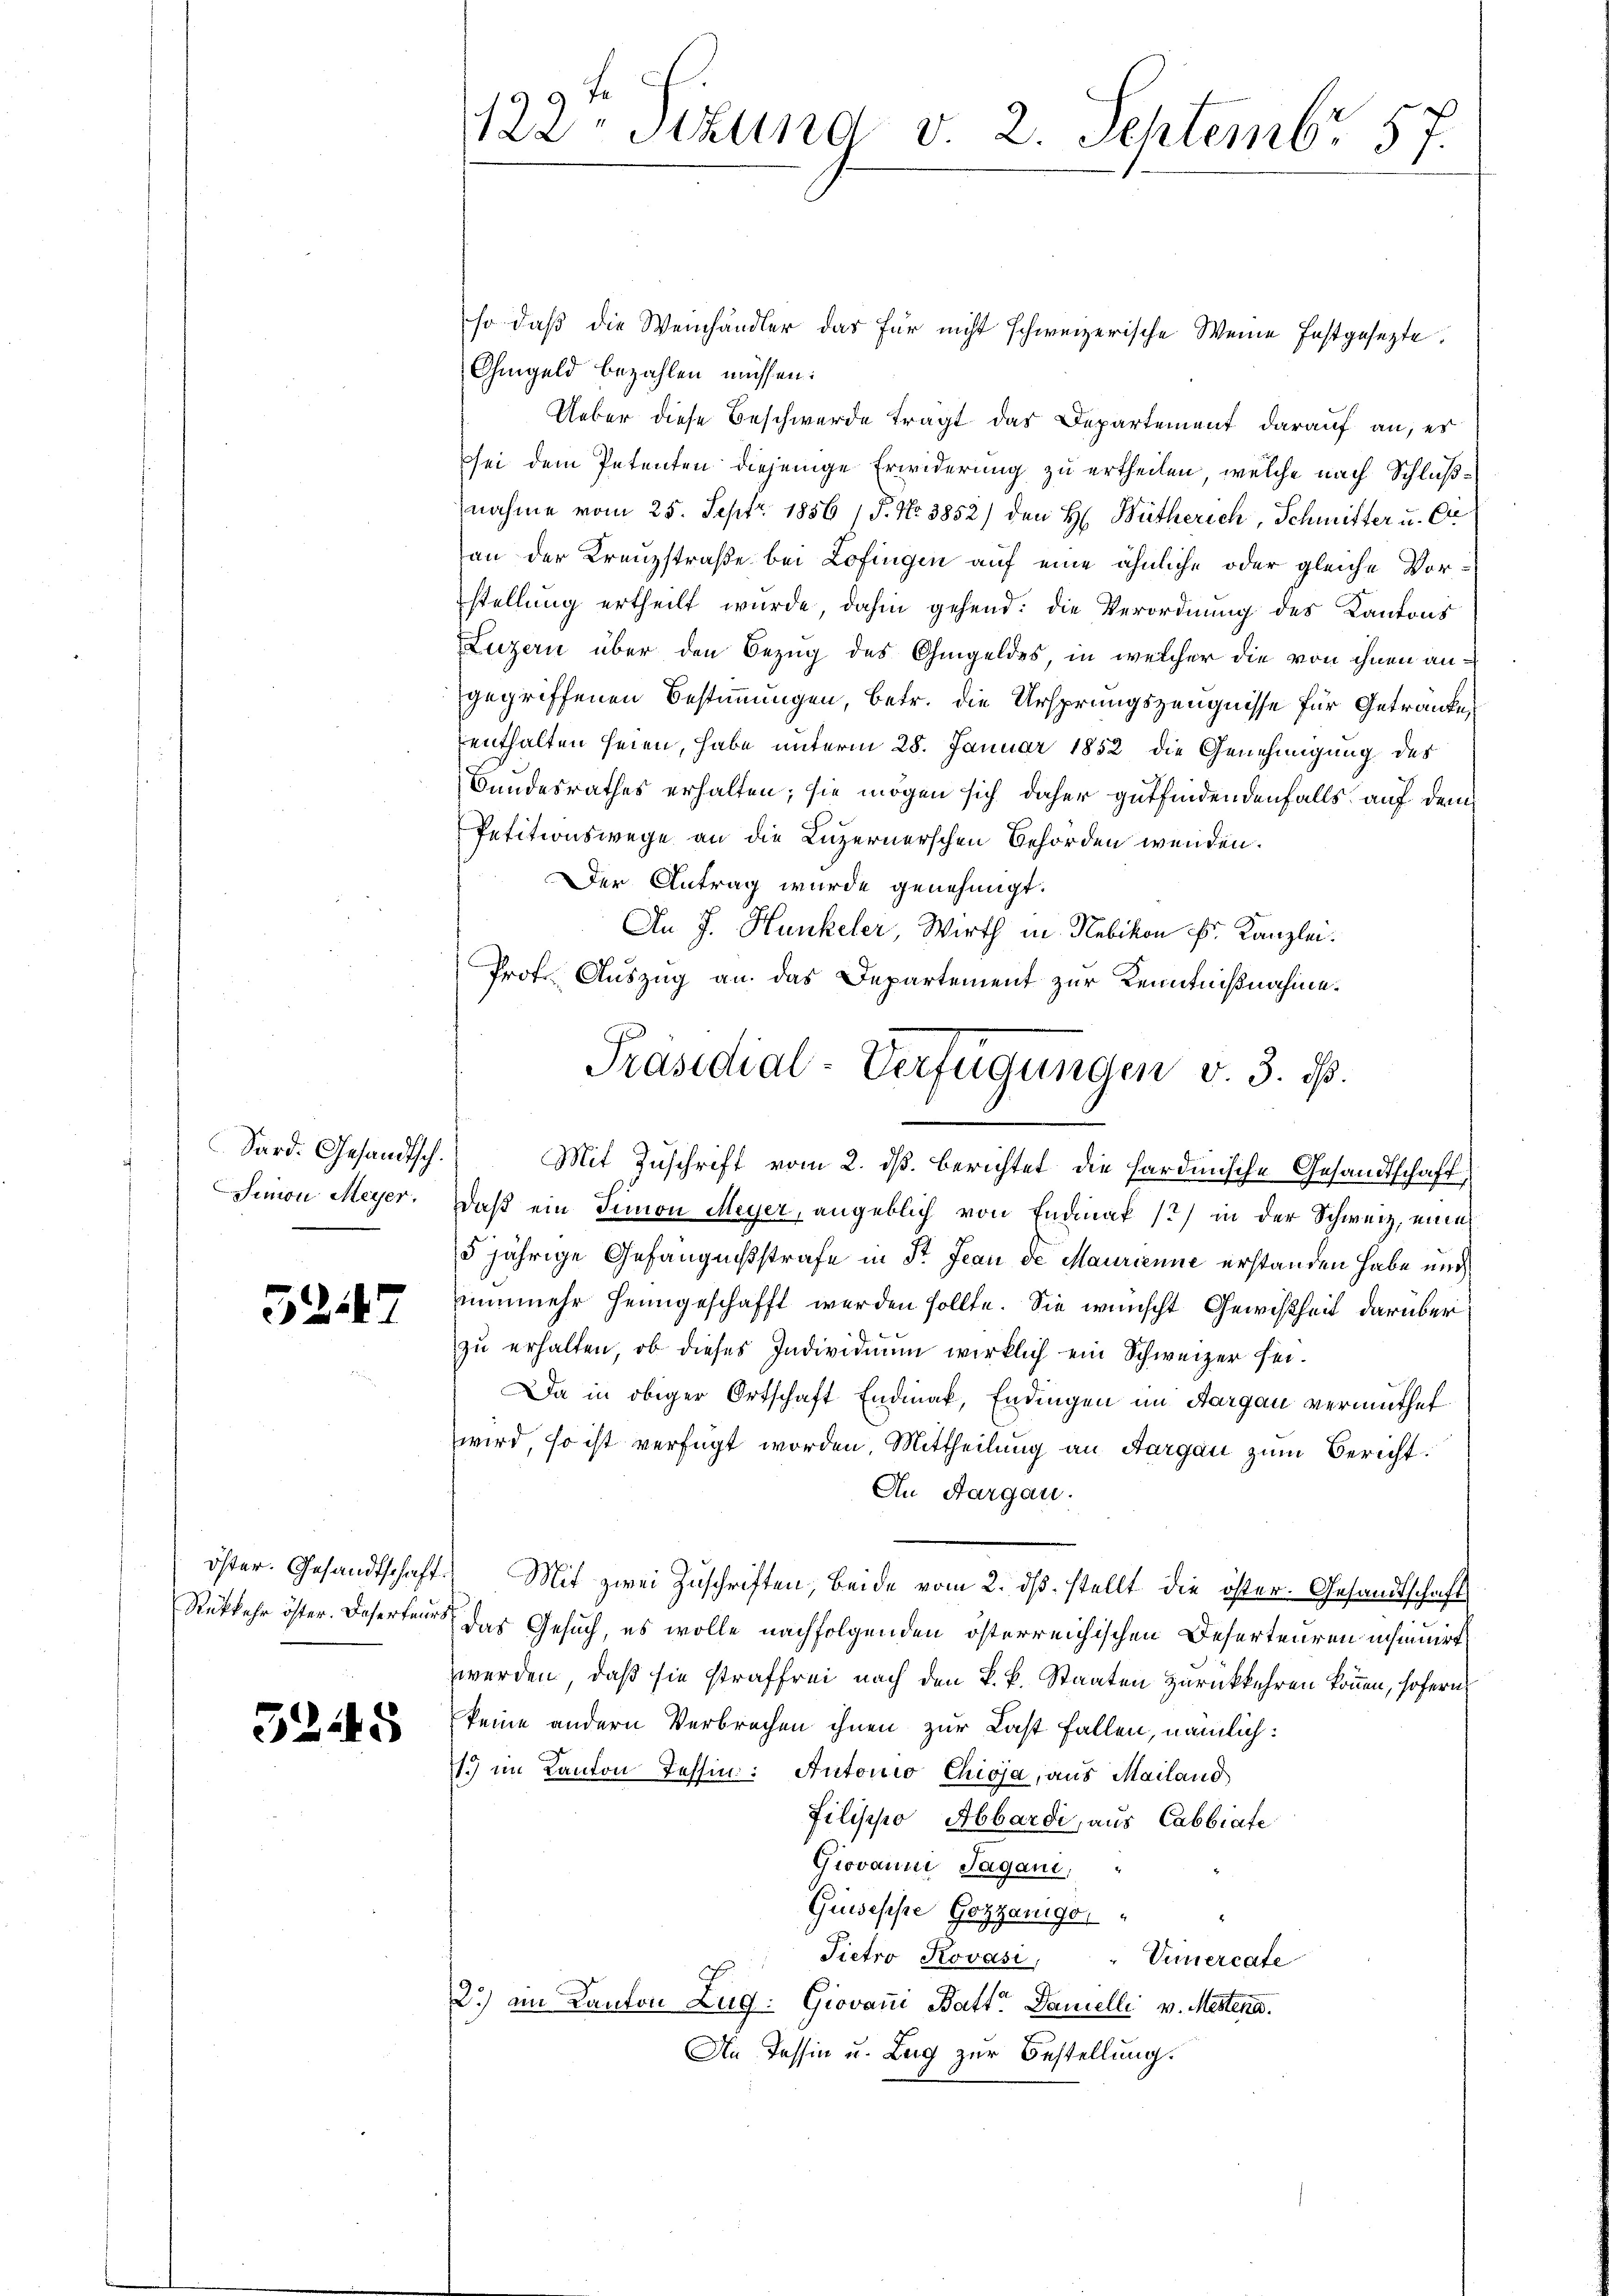
Sard. Gesandtsch.
Simon Meyer.

5247

5245

fe
122. Sitzung v. 2. Septembr. 157.
1

so daß die Weinhändler das für nicht schweizerische Weine festgesezte
Ohmgeld bezahlen müssen:
Ueber diese Beschwerde trägt das Departement darauf an, es
sei dem Petenten diejenige Erwiderung zu ertheilen, welche nach Schlußnahme vom 25. Sept. 1856 / P. Nr. 3852/ den H. Bütherich, Schmitter u. Er
an der Kreuzstraße bei Lofingen auf eine ähnliche oder gleiche Vorstellung ertheilt wurde, dahin gehend: die Verordnung des Kantons
Luzern über den Bezug des Ohmgeldes, in welcher die von ihnen angegriffenen Bestimmungen, betr. die Ursprungszeugnisse für Getränke
enthalten seien, habe unterm 28. Januar 1852 die Genehmigung des
Bundesrathes erhalten; sie mögen sich daher gutfindendenfalls auf dem
Petitionswege an die Luzernerschen Behörden wenden.
Der Antrag wurde genehmigt.
An J. Hunkeler, Wirth in Nebikon fr. Kanzlei.
Prof. Auszug an das Departement zur Kenntnißnahme.
Mit Zuschrift vom 2. ds. berichtet die hardinische Gesandtschaft,
daß ein Simon Meyer, angeblich von Endinak 12) in der Schweiz, eine
5jährige Gefängnißstrafe in St. Jean de Maurienne erstanden habe unch
nunmehr heimgeschafft werden sollte. Sie wünscht Gewißheit darüber
zu erhalten, ob dieses Individium wirklich ein Schweizer sei¬
Da in obiger Ortschaft Endmal, Endingen im Aargau vermuthet
wird, so ist verfügt worden. Mittheilung an Aargau zum Bericht
An Aargau.
öster. Gesandtschaft. Mit zwei Zŭschriften, beide vom 2. dβ. stellt die öster. Gesandtschaft
Rükkehr öster. Deserten das Gesuch, es wolle nachfolgenden österreichischen Deserteuren insinuirt
werden, daß sie straffrei nach den k. k. Staaten zurückkehren können, sofern
keine andern Verbrechen ihnen zur Last fallen, nämlich:
1) im Kanton Tessin: Autonio Chioja, aus Mailand
Filischo Abbardi, aus Cabbiate
Giovanni Jagani, "
Grisesse Gozzanigo
Sietro Kovási, " Vimercate
2.) am Kanton Zug: Giovani Batte Damelli v. Mestena.
An Tessin u. Zug zur Bestellung.

Präsidial-Verfügungen v. 3. ds.